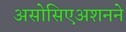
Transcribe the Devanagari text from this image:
असोसिएअशनने